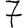
Digit: 7